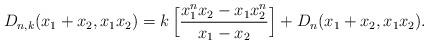
LaTeX: \begin{align*}D_{n,k}(x_1+x_2, x_1x_2)&=k\,\Big[ \displaystyle\frac{x_1^nx_2-x_1x_2^n}{x_1-x_2}\Big]+D_n(x_1+x_2, x_1x_2).\end{align*}